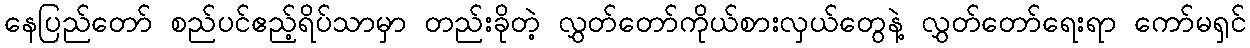
နေပြည်တော် စည်ပင်ဧည့်ရိပ်သာမှာ တည်းခိုတဲ့ လွှတ်တော်ကိုယ်စားလှယ်တွေနဲ့ လွှတ်တော်ရေးရာ ကော်မရှင်